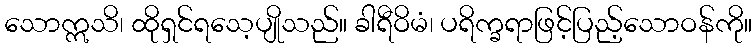
သောဣသိ၊ ထိုရှင်ရသေ့ပျိုသည်။ ခါရီဝိမံ၊ ပရိက္ခရာဖြင့်ပြည့်သောဝန်ကို။